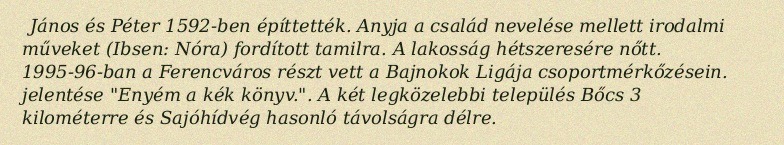
János és Péter 1592-ben építtették. Anyja a család nevelése mellett irodalmi műveket (Ibsen: Nóra) fordított tamilra. A lakosság hétszeresére nőtt. 1995-96-ban a Ferencváros részt vett a Bajnokok Ligája csoportmérkőzésein. jelentése "Enyém a kék könyv.". A két legközelebbi település Bőcs 3 kilométerre és Sajóhídvég hasonló távolságra délre.